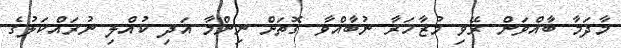
މާދަމާ ބާއްވަން ރޭވި މުޒާހަރާ ނުބާއްވާ ގޮތަށް ނިންމާ އަދި ކުއްލި ނުރައްކަލުގެ